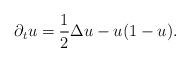
LaTeX: \begin{align*}& \partial_t{u}=\frac{1}{2}\Delta u-u(1-u). \end{align*}